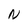
Character: N